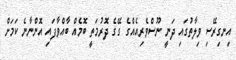
އިނގިރޭސި ވިލާތުގައި ދަނީ ނޫސްވެރިއެއްގެ ގޭގެ ދޮރުމަތީ ބޮމެއް ބާއްވާފައި އޮންނާނެ ކަމަށް